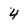
Character: 4